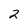
Character: 2